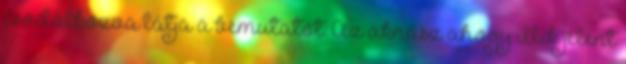
csodálkozva látja a bemutatót. Az aknász ahogy illik jelent